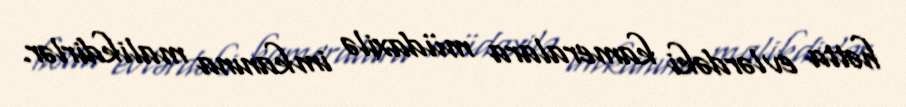
hətta evlərdəki kameralara müdaxilə imkanına malikdirlər.